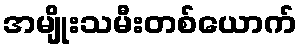
အမျိုးသမီးတစ်ယောက်